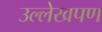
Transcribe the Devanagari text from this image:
उल्लेखपण